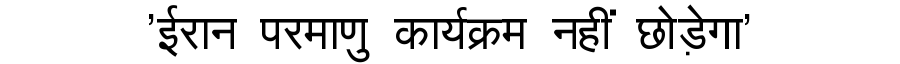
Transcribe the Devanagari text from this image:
'ईरान परमाणु कार्यक्रम नहीं छोड़ेगा'